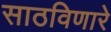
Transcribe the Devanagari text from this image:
साठविणारे